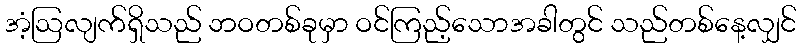
အံ့ဩလျက်ရှိသည် ဘဝတစ်ခုမှာ ဝင်ကြည့်သောအခါတွင် သည်တစ်နေ့လျှင်